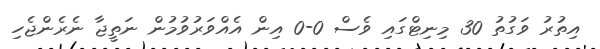
އިތުރު ވަގުތު 30 މިނިޓްގައި ވެސް 0-0 އިން އެއްވަރުވުމުން ނަތީޖާ ނެރެންޖެހި